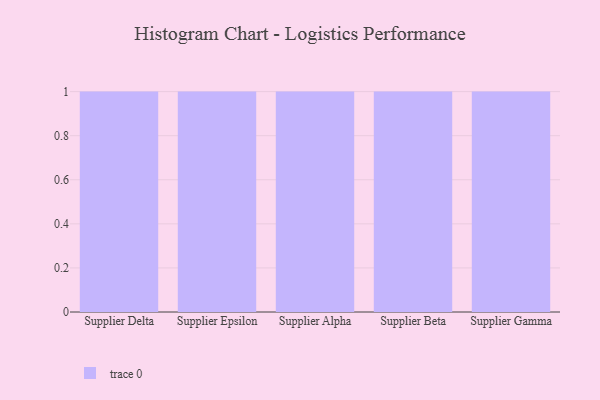
{"axis": {"x": "Supplier", "y": "Population (Million)"}, "legend": [""], "data": [{"x": "Supplier Delta", "y": 5, "type": ""}, {"x": "Supplier Epsilon", "y": 53, "type": ""}, {"x": "Supplier Alpha", "y": 63, "type": ""}, {"x": "Supplier Beta", "y": 52, "type": ""}, {"x": "Supplier Gamma", "y": 15, "type": ""}]}